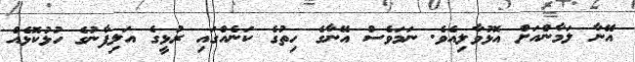
އޭނާ ލަމާންއަށް އޮޅުވާލިއެވެ. ނަމަވެސް އޭނާގެ ހިތުގެ ކަނެއްގައި ރުޅީގެ އަލިފާނުގެ ހުޅުކޮޅެއް